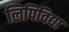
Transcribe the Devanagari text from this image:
लिपिविद्या